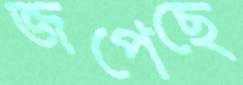
জপেছে